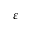
\varepsilon